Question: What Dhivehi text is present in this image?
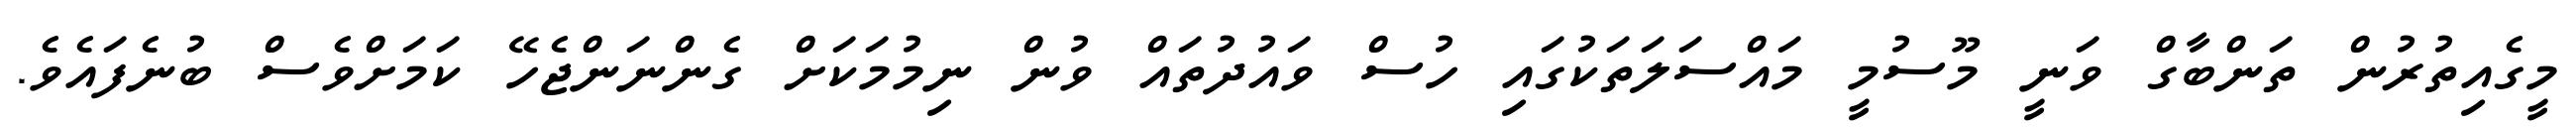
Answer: މީގެއިތުރުން ތަންބާގް ވަނީ މޫސުމީ މައްސަލަތަކުގައި ހުސް ވައުދުތައް ވުން ނިމުމަކަށް ގެންނަންޖެހޭ ކަމަށްވެސް ބުނެފައެވެ.